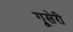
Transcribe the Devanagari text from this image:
गूसेरी